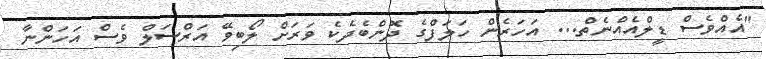
"އެއްވެސް ޑީލްއެއްނެތް... އަހަރެން ހަލަފްގެ ދޮންބެދެކެ ވަރަށް ލޯބިވޭ އަރްސަލް ވެސް އަހަންނާ